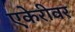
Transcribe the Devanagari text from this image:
एकेरीवर